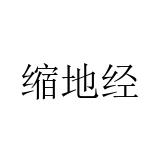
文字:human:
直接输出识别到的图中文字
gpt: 缩地经